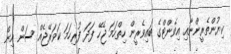
ކިޔުންތެރީންނާއި އިވެންޓްގެ ބައިވެރީން ހިތްހަމަ ޖެހޭ ފަދަ ފުރިހަމަ ކަވަރޭޖެއް ސަން އިން